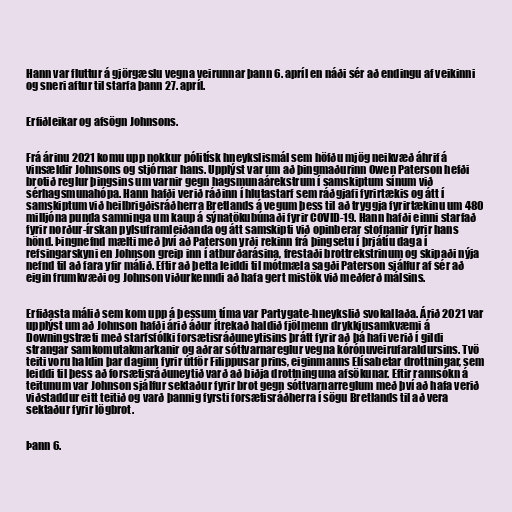
Hann var fluttur á gjörgæslu vegna veirunnar þann 6. apríl en náði sér að endingu af veikinni
og sneri aftur til starfa þann 27. apríl.

Erfiðleikar og afsögn Johnsons.

Frá árinu 2021 komu upp nokkur pólitísk hneykslismál sem höfðu mjög neikvæð áhrif á
vinsældir Johnsons og stjórnar hans. Upplýst var um að þingmaðurinn Owen Paterson hefði
brotið reglur þingsins um varnir gegn hagsmunaárekstrum í samskiptum sínum við
sérhagsmunahópa. Hann hafði verið ráðinn í hlutastarf sem ráðgjafi fyrirtækis og átt í
samskiptum við heilbrigðisráðherra Bretlands á vegum þess til að tryggja fyrirtækinu um 480
milljóna punda samninga um kaup á sýnatökubúnaði fyrir COVID-19. Hann hafði einni starfað
fyrir norður-írskan pylsuframleiðanda og átt samskipti við opinberar stofnanir fyrir hans
hönd. Þingnefnd mælti með því að Paterson yrði rekinn frá þingsetu í þrjátíu daga í
refsingarskyni en Johnson greip inn í atburðarásina, frestaði brottrekstrinum og skipaði nýja
nefnd til að fara yfir málið. Eftir að þetta leiddi til mótmæla sagði Paterson sjálfur af sér að
eigin frumkvæði og Johnson viðurkenndi að hafa gert mistök við meðferð málsins.

Erfiðasta málið sem kom upp á þessum tíma var Partygate-hneykslið svokallaða. Árið 2021 var
upplýst um að Johnson hafði árið áður ítrekað haldið fjölmenn drykkjusamkvæmi á
Downingstræti með starfsfólki forsætisráðuneytisins þrátt fyrir að þá hafi verið í gildi
strangar samkomutakmarkanir og aðrar sóttvarnareglur vegna kórónuveirufaraldursins. Tvö
teiti voru haldin þar daginn fyrir útför Filippusar prins, eiginmanns Elísabetar drottningar, sem
leiddi til þess að forsætisráðuneytið varð að biðja drottninguna afsökunar. Eftir rannsókn á
teitunum var Johnson sjálfur sektaður fyrir brot gegn sóttvarnarreglum með því að hafa verið
viðstaddur eitt teitið og varð þannig fyrsti forsætisráðherra í sögu Bretlands til að vera
sektaður fyrir lögbrot.

Þann 6.